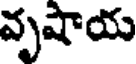
వృషాయ